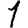
Digit: 1